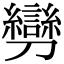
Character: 𠠪